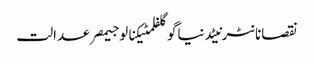
نقصانانٹرنیٹدنیاگوگلفلمٹیکنالوجیمصرعدالت